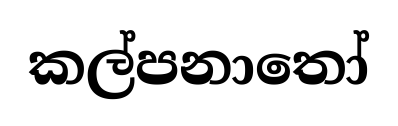
කල්පනාතෝ